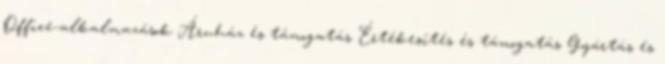
Office-alkalmazások Áruház és támogatás Értékesítés és támogatás Gyártás és